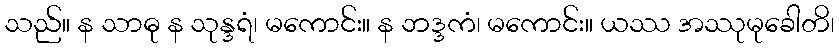
သည်။ န သာဓု န သုန္ဒရံ၊ မကောင်း။ န ဘဒ္ဒကံ၊ မကောင်း။ ယဿ အဿုမုခေါတိ၊